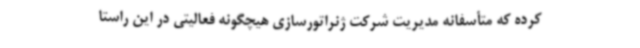
کرده که متأسفانه مدیریت شرکت ژنراتورسازی هیچگونه فعالیتی در این راستا